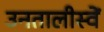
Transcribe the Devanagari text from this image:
उनतालीस्वें